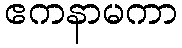
ဧကနာမကာ